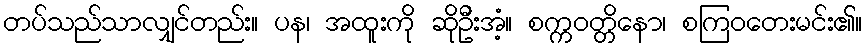
တပ်သည်သာလျှင်တည်း။ ပန၊ အထူးကို ဆိုဦးအံ့။ စက္ကဝတ္တိနော၊ စကြဝတေးမင်း၏။